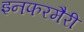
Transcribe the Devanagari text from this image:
इनफरमैरी